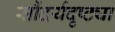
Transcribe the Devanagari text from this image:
सौंदर्यदृष्ट्या